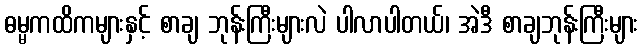
ဓမ္မကထိကများနှင့် စာချ ဘုန်းကြီးများလဲ ပါလာပါတယ်၊ အဲဒီ စာချဘုန်းကြီးများ